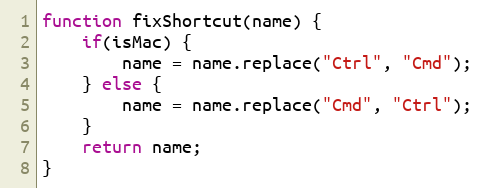
Language: JavaScript
function fixShortcut(name) {
	if(isMac) {
		name = name.replace("Ctrl", "Cmd");
	} else {
		name = name.replace("Cmd", "Ctrl");
	}
	return name;
}